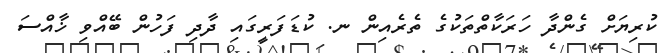
ކުރިޔަށް ގެންދާ ހަރަކާތްތަކުގެ ތެރެއިން ނ. ކުޑަފަރީގައި ދާދި ފަހުން ބޭއްވި ޚާއްސަ